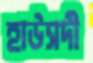
হাউসদী